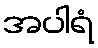
အပါရံ